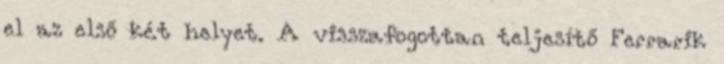
el az első két helyet. A visszafogottan teljesítő Ferrarik